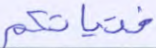
فتياتكم